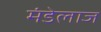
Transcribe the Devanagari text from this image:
मंडेलाज